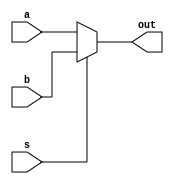
//This is for the 2:1 mux module.

module two_to_one_mux_16_bit #(
parameter BITS = 16
)(a, b, s, out);
	input [(BITS-1):0] a, b;
	input s;
	output [(BITS-1):0] out;
	reg [(BITS-1):0] out;
	
	always@(a or b or s)
	begin
		if (s == 1'b0)
			out = a;
		else
			out = b;
	end

endmodule